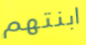
ابنتهم